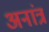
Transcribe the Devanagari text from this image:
अनांत्र